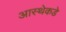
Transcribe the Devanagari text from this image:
आस्थेकडे